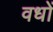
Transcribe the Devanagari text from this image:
वधों